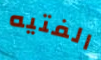
الفتيه